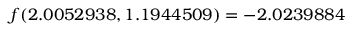
f ( 2 . 0 0 5 2 9 3 8 , 1 . 1 9 4 4 5 0 9 ) = - 2 . 0 2 3 9 8 8 4